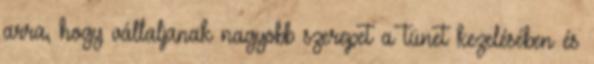
arra, hogy vállaljanak nagyobb szerepet a tünet kezelésében és